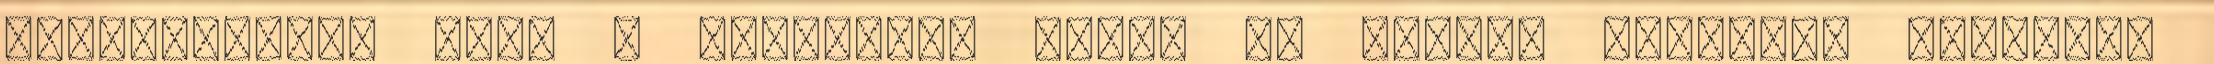
kellemetlen, mint a probléma. Ezért ma fogunk beszélni Valgomed